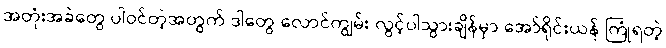
အတုံးအခဲတွေ ပါဝင်တဲ့အတွက် ဒါတွေ လောင်ကျွမ်း လွင့်ပါသွားချိန်မှာ အော်ရိုင်းယန် ကြုံရတဲ့